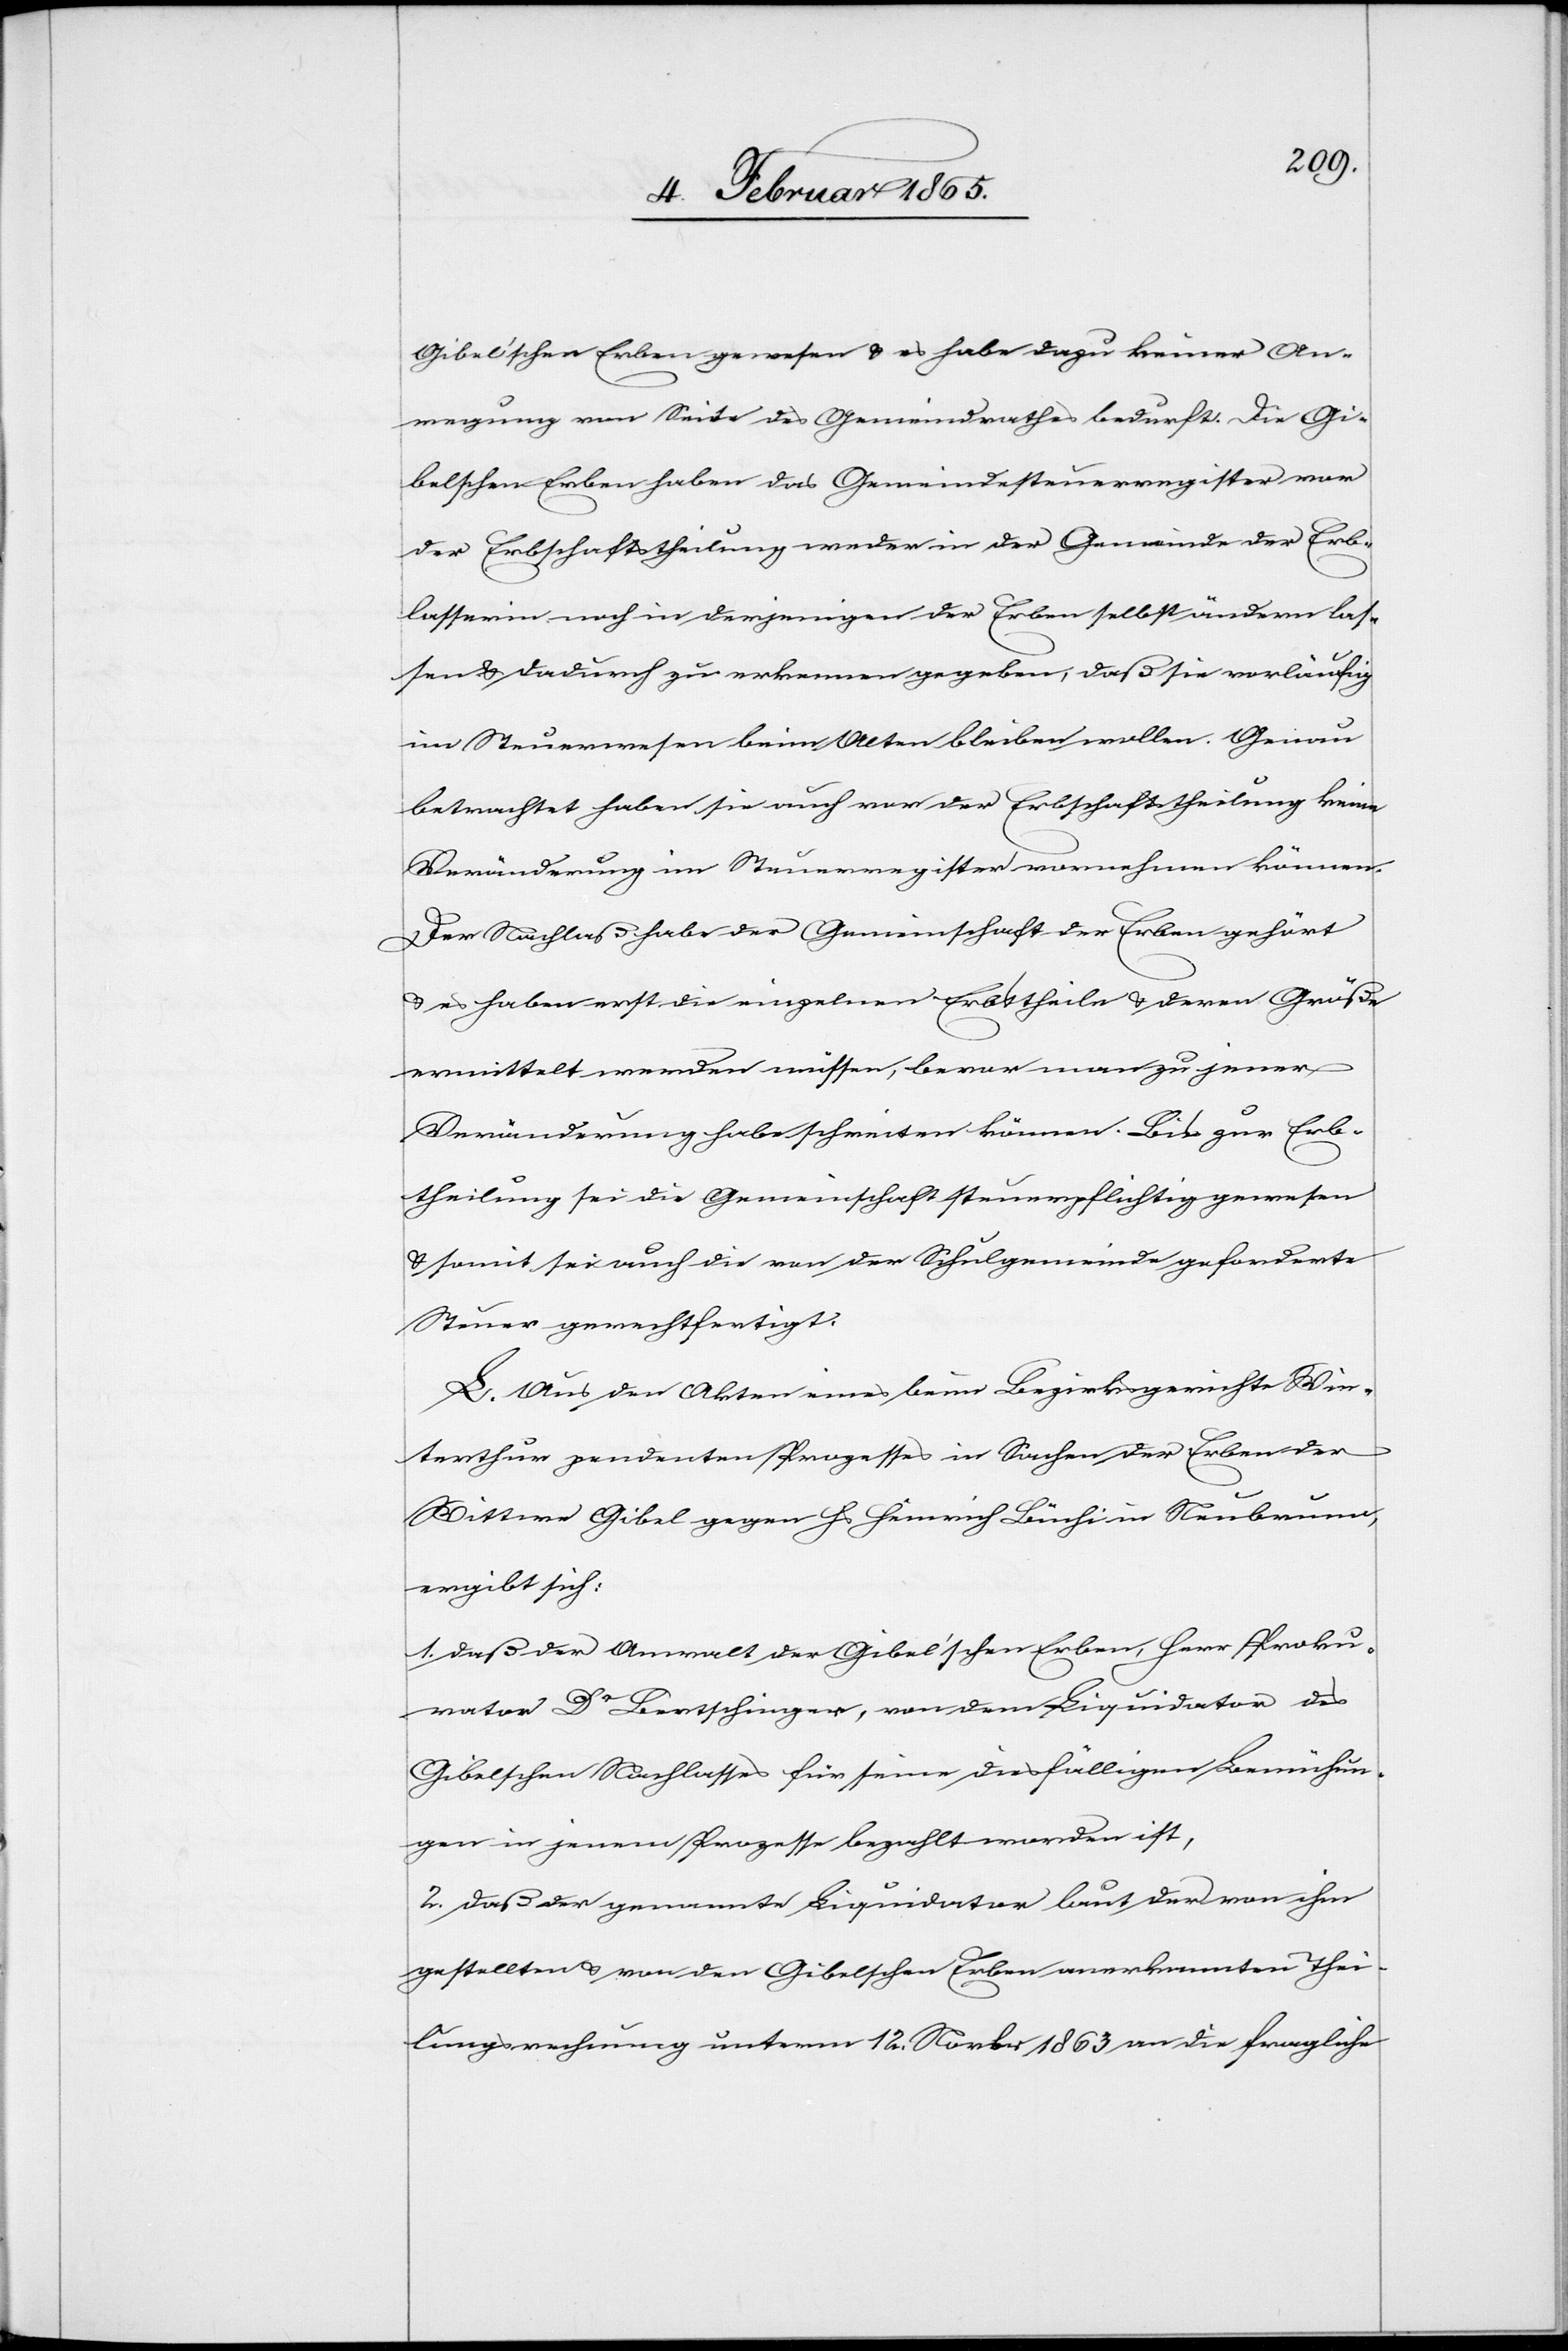
Gibel’schen Erben gewesen u. es habe dazu keiner An¬
regung von Seite des Gemeindrathes bedurft. Die Gi¬
belschen Erben haben das Gemeindesteuerregister vor
der Erbschaftstheilung weder in der Gemeinde der Erb¬
lasserin noch in derjenigen der Erben selbst ändern las¬
sen u. dadurch zu erkennen gegeben, daß sie vorläufig
im Steuerwesen beim Alten bleiben wollen. Genau
betrachtet haben sie auch vor der Erbschaftstheilung keine
Veränderung im Steuerregister vornehmen können.
Der Nachlaß habe der Gemeinschaft der Erben gehört
u. es haben erst die einzelnen Erbtheile u. deren Größe
ermittelt werden müssen, bevor man zu jener
Veränderung habe schreiten können. Bis zur Erb¬
theilung sei die Gemeinschaft steuerpflichtig gewesen
u. somit sei auch die von der Schulgemeinde geforderte
Steuer gerechtfertigt.
L. Aus den Akten eines beim Bezirksgerichte Win¬
terthur pendenten Prozesses in Sachen der Erben der
Wittwe Gibel gegen Hs Heinrich Büchi in Neubrunn,
ergibt sich:
1. daß der Anwalt der Gibel’schen Erben, Herr Proku¬
rator Dr Bertschinger, von dem Liquidator des
Gibelschen Nachlasses für seine diesfälligen Bemühun¬
gen in jenem Prozesse bezahlte worden ist,
2. daß der genannte Liquidator laut der von ihm
gestellten u. von den Gibelschen Erben anerkannten Thei¬
lungsrechnung unterm 12. Novbr 1863 an die fragliche